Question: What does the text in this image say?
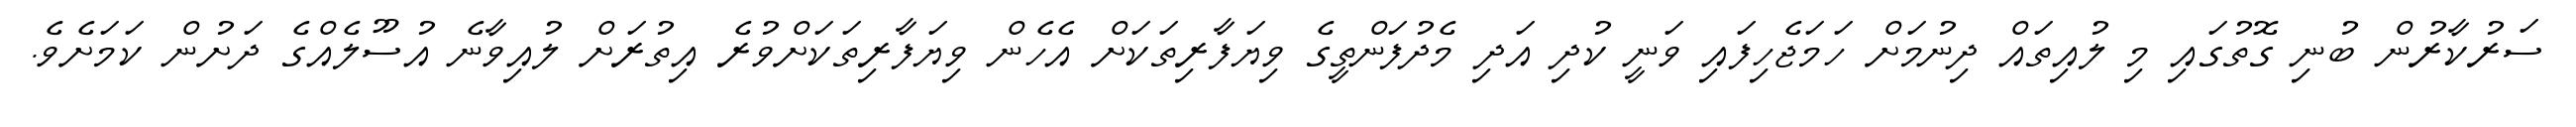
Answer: ސަރުކާރުން ބުނި ގޮތުގައި މި ލުއިތައް ދިނުމަށް ހަމަޖެހިފައި ވަނީ ކުދި އަދި މެދުފަންތީގެ ވިޔަފާރިތަކަށް އެހެން ވިޔަފާރިތަކަށްވުރެ އިތުރަށް ލުއިވާނެ އުސޫލެއްގެ ދަށުން ކަމަށެވެ.